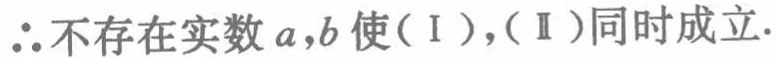
\(\therefore\)不存在实数\(a,b\)使（Ⅰ），（Ⅱ）同时成立.